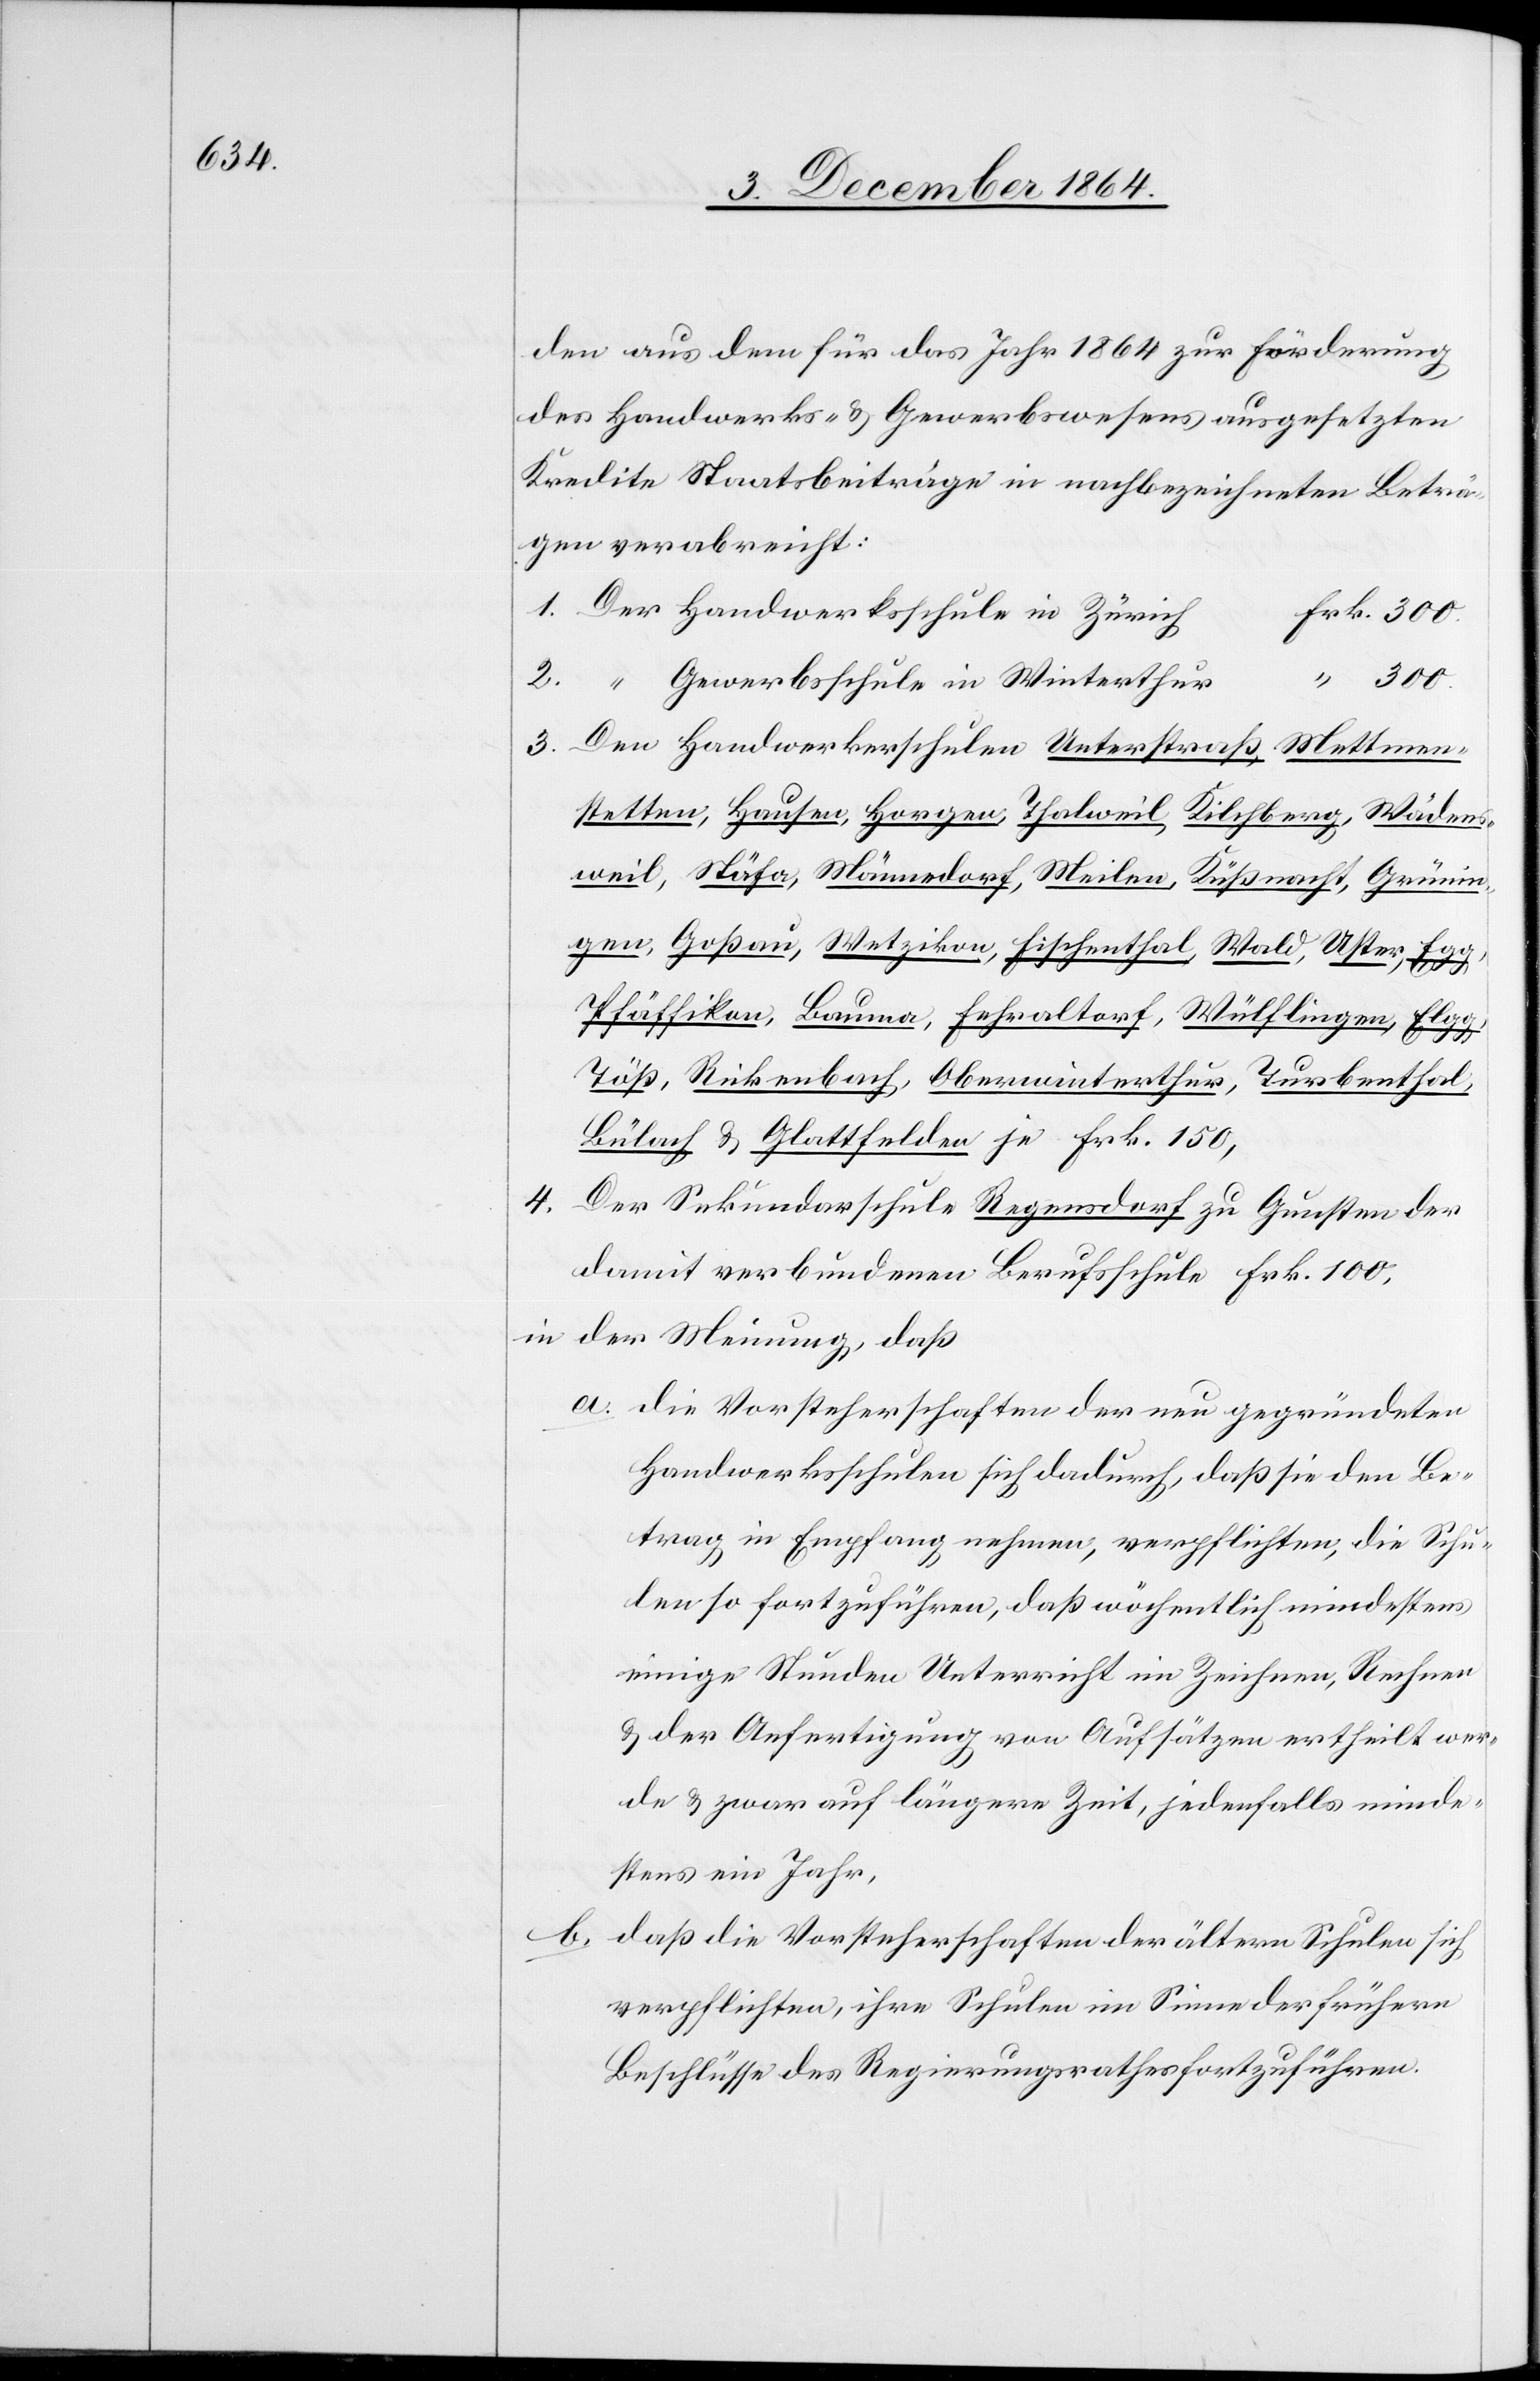
den aus dem für das Jahr 1864 zur Förderung
des Handwerks- & Gewerbswesens ausgesetzten
Kredite Staatsbeiträge in nachbezeichneten Beträ¬
gen verabreicht:
Gewerbsschule in Winterthur
Den Handwerkerschulen in Unterstraß, Mettmen¬
Kilchberg, Wädens¬
stetten, Hausen, Horgen, Thalweil,
weil, Stäfa, Männedorf, Meilen, Küßnacht, Grünin¬
gen, Goßau, Wetzikon, Fischenthal, Wald, Uster, Egg,
Pfäffikon, Bauma, Fehraltorf, Wülflingen, Elgg,
Töß, Rickenbach, Oberwinterthur, Turbenthal,
4.
Der Sekundarschule Regensdorf zu Gunsten der
in der Meinung, daß
die Vorsteherschaften der neu gegründeten
Handwerksschulen sich dadurch, daß sie den Be¬
trag in Empfang nehmen, verpflichten, die Schu¬
len so fortzuführen, daß wöchentlich mindestens
einige Stunden Unterricht im Zeichnen, Rechnen
& der Anfertigung von Aufsätzen ertheilt wer¬
de[n] & zwar auf längere Zeit, jedenfalls minde¬
stens ein Jahr,
daß die Vorsteherschaften der ältern Schulen sich
verpflichten, ihre Schulen im Sinne der frühern
Beschlüsse des Regierungsrathes fortzuführen.